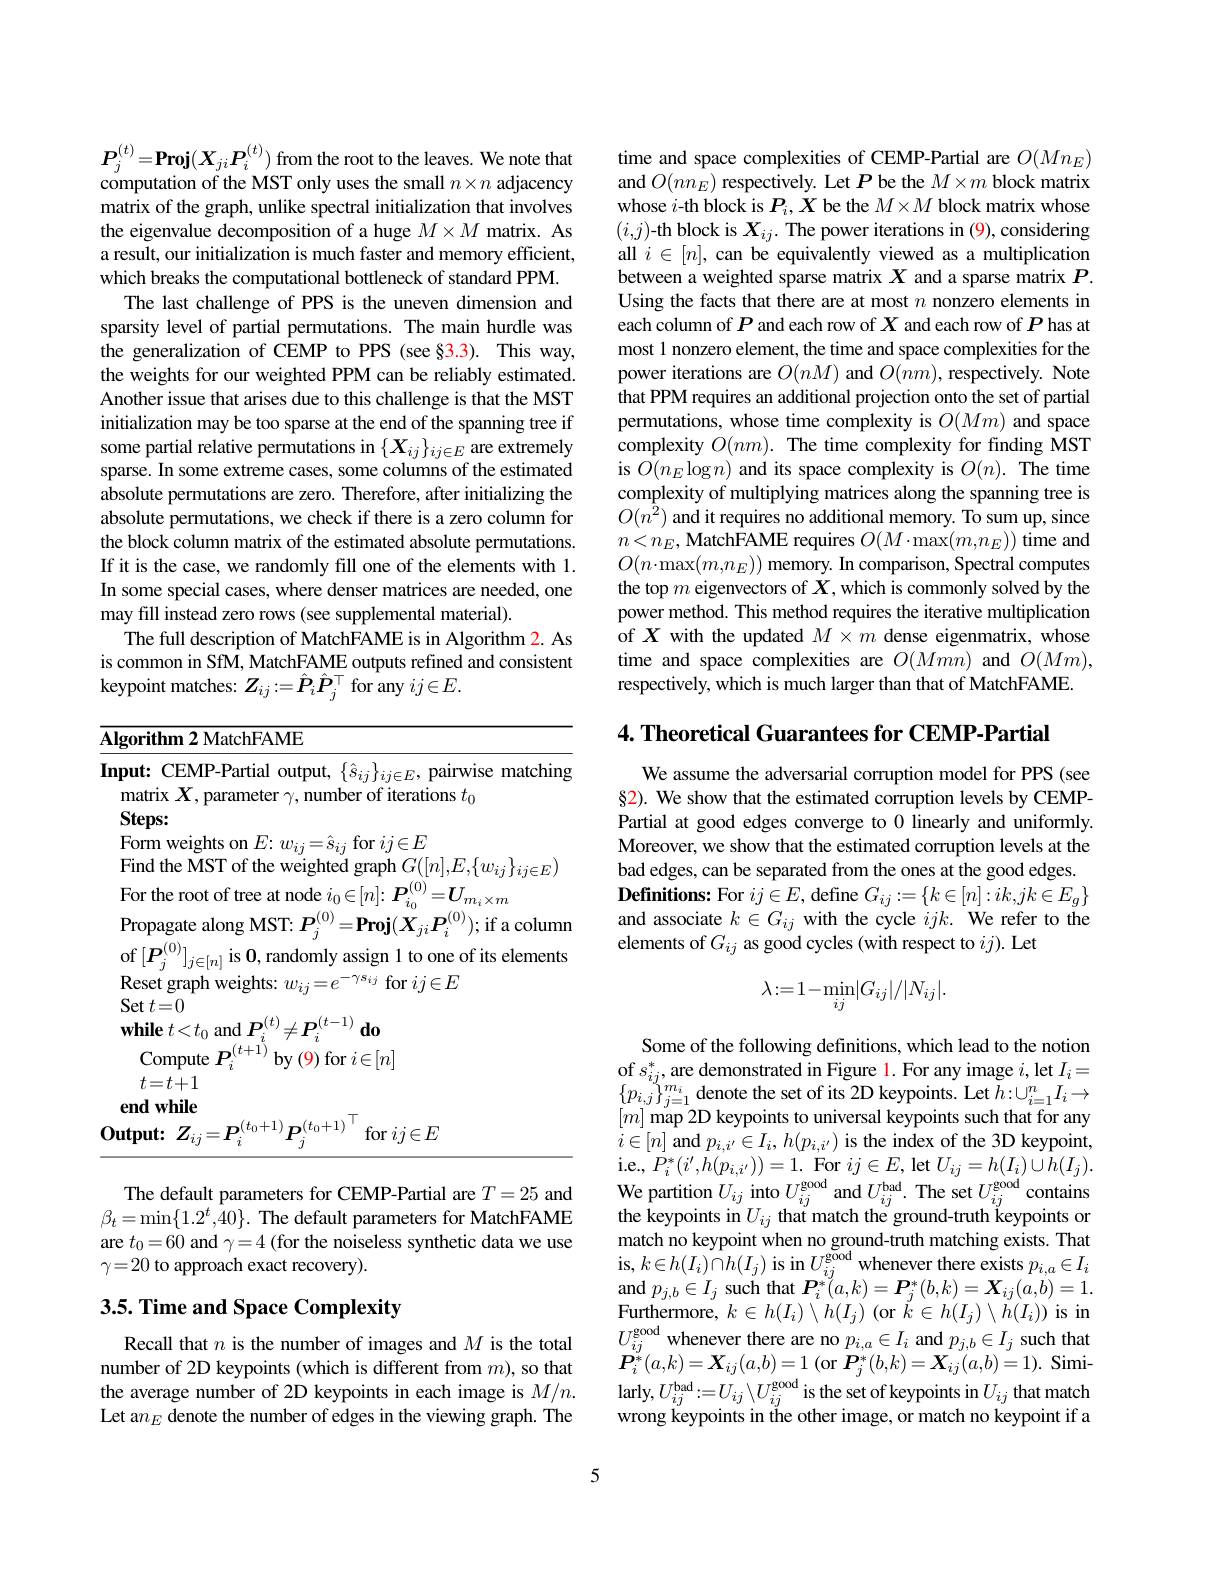
$\boldsymbol{P}_{j}^{( t) }= \mathbf{Proj}( X_{ji}\boldsymbol{P}_{i}^{( t) })$ from the root to the leaves. We note that computation of the MST only uses the small $n\times n$ adjacency matrix of the graph, unlike spectral initialization that involves the eigenvalue decomposition of a huge $M\times M$ matrix. As a result, our initialization is much faster and memory efficient, which breaks the computational bottleneck of standard PPM.
The last challenge of PPS is the uneven dimension and sparsity level of partial permutations. The main hurdle was the generalization of CEMP to PPS (see §3.3). This way, the weights for our weighted PPM can be reliably estimated. Another issue that arises due to this challenge is that the MST initialization may be too sparse at the end of the spanning tree if some partial relative permutations in $\{X_{ij}\}_{ij\in E}$ are extremely sparse. In some extreme cases, some columns of the estimated absolute permutations are zero. Therefore, after initializing the absolute permutations, we check if there is a zero column for the block column matrix of the estimated absolute permutations. If it is the case, we randomly fill one of the elements with 1. In some special cases, where denser matrices are needed, one may fill instead zero rows (see supplemental material).
The full description of MatchFAME is in Algorithm 2. As is common in SfM, MatchFAME outputs refined and consistent keypoint matches: $Z_{ij}:=\hat{\boldsymbol{P}}_i\hat{\boldsymbol{P}}_j^\top$ for any $ij\in E.$

<table>
	<tbody>
		<tr>
			<td>$\mathbf{Al};$</td>
			<td>$\mathbf{ithm2}$ MatchFAME</td>
		</tr>
		<tr>
			<td>$|\mathbf{n}$</td>
			<td>${\mathbf{t}:}$CEMP-Partial output, $\{\hat{s}_{ij}\}_{ij\in E}$, pairwise matching trix $X$,parameter $\gamma$,number of iterations $t_0$</td>
		</tr>
		<tr>
			<td>$0_{\mathbf{u}}$</td>
			<td>$\mathbf{ut}\cdot$ $\mathbf{Z} _{\cdots }- \boldsymbol{P}^{( t_{0}+ 1) }\boldsymbol{p}^{( t_{0}+ 1) }$ $\operatorname{for}ij\in E$</td>
		</tr>
	</tbody>
</table>

The default parameters for CEMP-Partial are $T=25$ and $\beta_{t}=\operatorname*{min}\{1.2^{t},\hat{4}0\}.$ The default parameters for MatchFAME are $t_0=60$ and $\gamma=4$ (for the noiseless synthetic data we use $\gamma=20$ to approach exact recovery).

## 3.5. Time and Space Complexity

Recall that $n$ is the number of images and $M$ is the total number of 2D keypoints (which is different from $m)$, so that the average number of 2D keypoints in each image is $M/n.$ Let a$n_E$ denote the number of edges in the viewing graph. The

$\begin{array}{l}\text{time and space complexities of CEMP-Partial are }O(Mn_E)\\\text{and }O(nn_E)\text{ respectively. Let }P\text{ be the }M\times m\text{ block matrix}\end{array}$ whose $i$-th block is $P_i,X$ be the $M\times M$ block matrix whose $(i,j)$-th block is $X_ij.$ The power iterations in (9), considering all $i\in[n]$, can be equivalently viewed as a multiplication between a weighted sparse matrix $X$ and a sparse matrix $P.$ Using the facts that there are at most $n$ nonzero elements in each column of $P$ and each row of $X$ and each row of $P$ has at most 1 nonzero element, the time and space complexities for the power iterations are $O(nM)$ and $O(nm)$, respectively. Note that PPM requires an additional projection onto the set of partial permutations, whose time complexity is $O(Mm)$ and space complexity $O( nm) . \textbf{The time complexity for finding MST}$ is $O(n_{E}\log n)$ and its space complexity is $O(n).$ The time complexity of multiplying matrices along the spanning tree is $O(n^{\hat{2}})$ and it requires no additional memory. To sum up, since $n<n_E$,MatchFAME requires $O(M\cdot\max(m,n_E))$ time and $O(n\cdot\operatorname*{max}(m,n_{E}))$ memory. In comparison, Spectral computes the top $m$ eigenvectors of $X$,which is commonly solved by the power method. This method requires the iterative multiplication of $X$ with the updated $M\times m$ dense eigenmatrix, whose time and space complexities are $O(Mmn)$ and $O(Mm)$, respectively, which is much larger than that of MatchFAME.

4. Theoretical Guarantees for CEMP-Partial

We assume the adversarial corruption model for PPS (see §2). We show that the estimated corruption levels by CEMPPartial at good edges converge to 0 linearly and uniformly. Moreover, we show that the estimated corruption levels at the bad edges, can be separated from the ones at the good edges. Definitions: For $ij\in E$, define $G_ij:=\{k\in[n]:ik,jk\in E_g\}$ and associate $k\in G_ij$ with the cycle $ijk. \textbf{We refer to the}$ elements of $G_ij$ as good cycles (with respect to $ij).$ Let
$$\lambda:=1-\min_{ij}|G_{ij}|/|N_{ij}|.$$
Some of the following definitions, which lead to the notion of $s_{ij}^{*}$,are demonstrated in Figure $\color{red}{1.\text{For any image }i,\text{let }I_{i}=}$ $\{p_{i,j}\}_{j=1}^{m_{i}}$denote the set of its 2D keypoints. Let $h:\cup_i=1^nI_i\to$ $[m]$ map 2D keypoints to universal keypoints such that for any $i\in[n]$ and $p_{i,i^{\prime}}\in I_{i},h(p_{i,i^{\prime}})$ is the index of the 3D keypoint, i.e.,$P_{i}^{* }( i^{\prime }, h( p_{i, i^{\prime }}) ) = 1.$ For $ij\in E$, let $U_{ij}= h( I_{i}) \cup h( I_{j}) .$ We partition $U_{ij}$ into $U_{ij}^\mathrm{good}$ and $U_{ij}^\mathrm{bad}.$ The set $U_ij^\mathrm{good}$ contains the keypoints inte keypoints inte $U_{ij}$ that match the ground-truth keypoints or match no keypoint when no ground-truth matching exists. That is, $k\in h(I_{i})\cap h(I_{j})$ is in $U_ij^\mathrm{good}$ whenever there exists $p_i,a\in I_{i}$ $\operatorname{and}p_{j,b}\in I_{j}\operatorname{such}$that $\boldsymbol P_i^*(a,k)=\boldsymbol P_j^*(b,k)=\boldsymbol X_{ij}(a,b)=1.$ Furthermore, $k\in h( I_{i}) \setminus h( I_{j})$(or $k\in h(I_{j})\setminus h(I_{i}))$ is in $U_{ij}^{\mathrm{good}}$ whenever there are no $p_i,a\in I_i$ and $p_j,b\in I_j$ such that $\boldsymbol{P}_{i}^{* }( a, k) = \boldsymbol{X}_{ij}( a, b) = 1$ (or$\boldsymbol{P}_j^{*}(b,k)=\boldsymbol{X}_{ij}(a,b)=1).$Similarly, $U_{ij}^{\mathrm{bad}}: = U_{ij}\backslash U_{ij}^{\mathrm{good}}$is the set of keypoints in $U_ij$ that match wrong keypoints in the other image, or match no keypoint if a

5